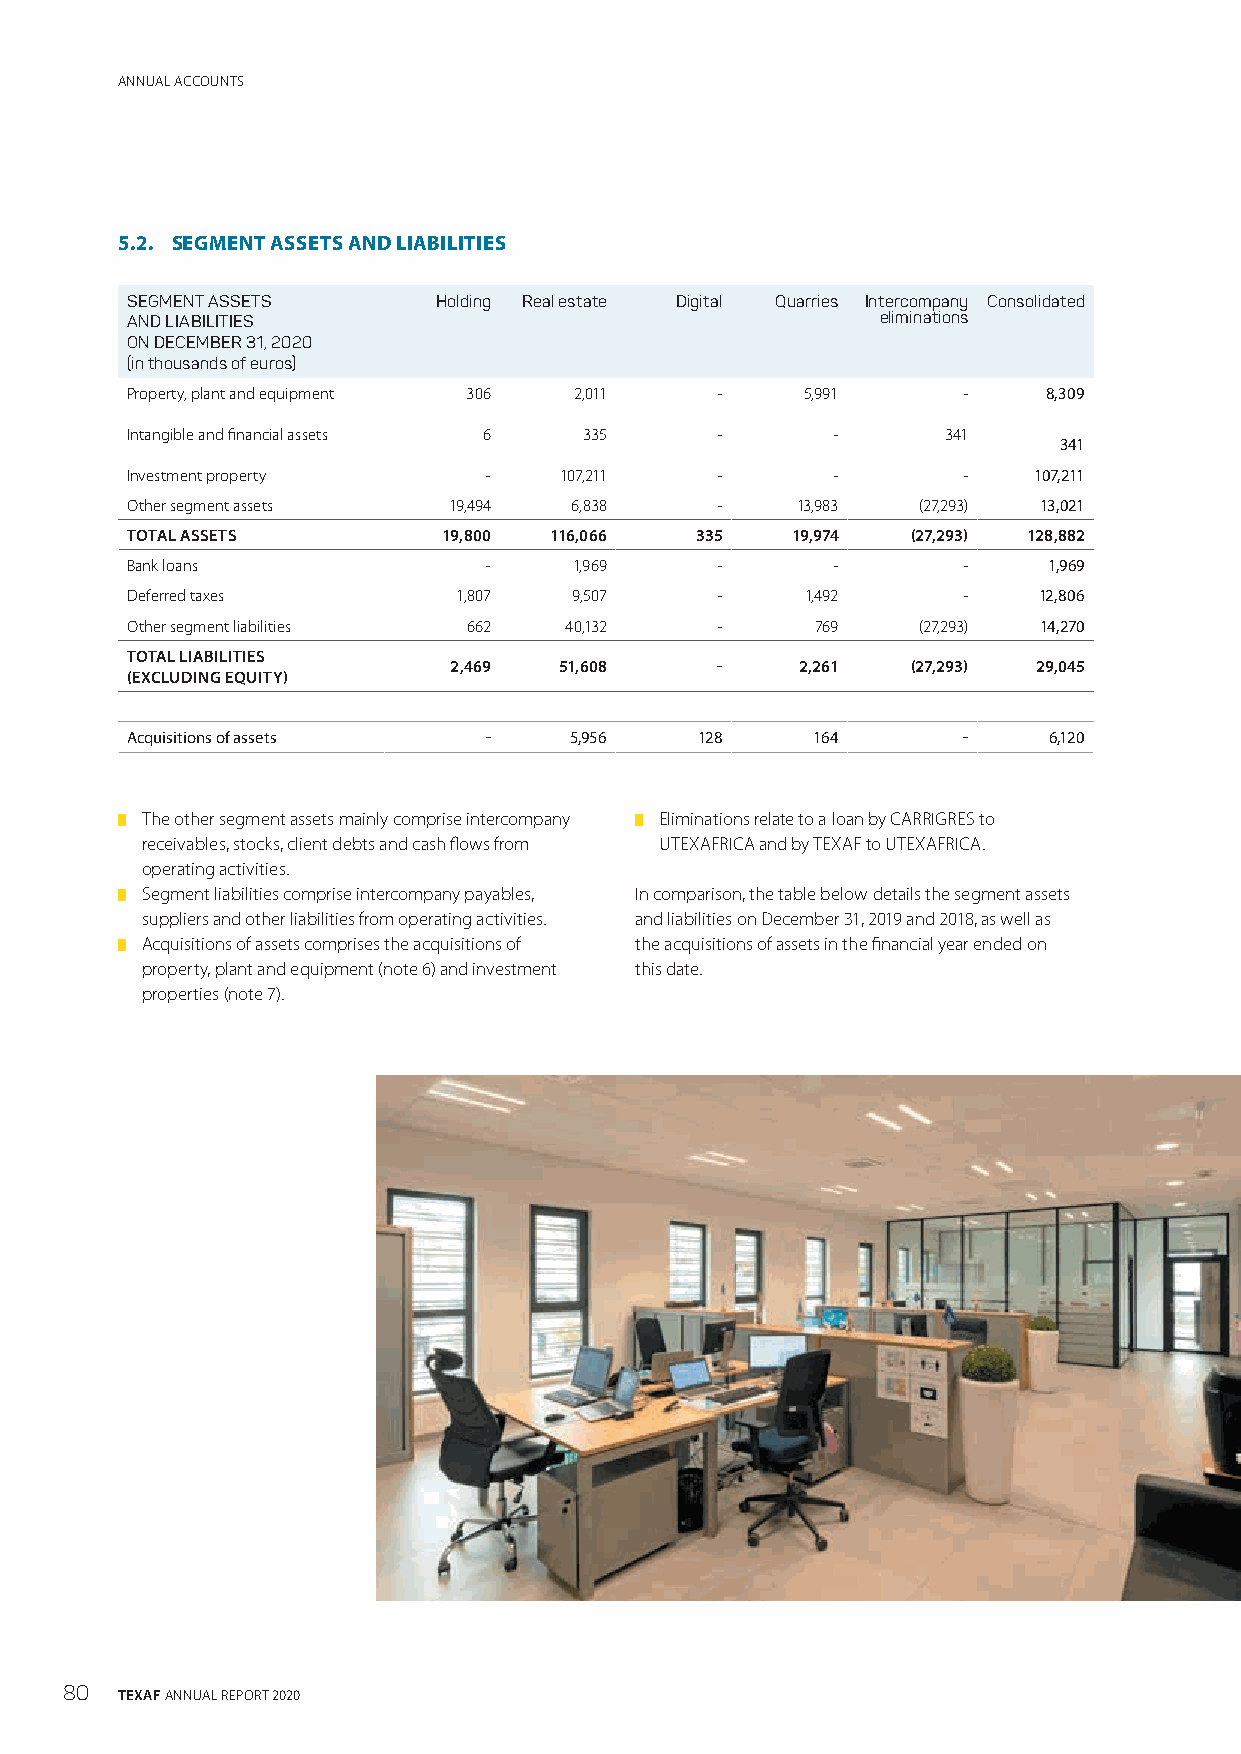
ANNUAL ACCOUNTS
 5.2. SEGMENT ASSETS AND LIABILITIES
 SEGMENT ASSETS       Holding Real estate Digital Quarries Intercompany Consolidated
 AND LIABILITIES                                   eliminations
 ON DECEMBER 31, 2020
 (in thousands of euros)
 Property, plant and equipment 306 2,011 -    5,991      -    8,309
 Intangible and financial assets 6 335  -       -       341
 341
 Investment property     -    107,211   -       -        -   107,211
 Other segment assets  19,494  6,838    -     13,983  (27,293) 13,021
 TOTAL ASSETS         19,800 116,066   335   19,974  (27,293) 128,882
 Bank loans              -     1,969    -       -        -    1,969
 Deferred taxes        1,807   9,507    -     1,492      -    12,806
 Other segment liabilities 662 40,132   -      769    (27,293) 14,270
 TOTAL LIABILITIES
 2,469  51,608    -     2,261  (27,293) 29,045
 (EXCLUDING EQUITY)
 Acquisitions of assets  -     5,956   128     164       -    6,120
 █ The other segment assets mainly comprise intercompany █ Eliminations relate to a loan by CARRIGRES to
 receivables, stocks, client debts and cash flows from UTEXAFRICA and by TEXAF to UTEXAFRICA.
 operating activities.
 █ Segment liabilities comprise intercompany payables, In comparison, the table below details the segment assets
 suppliers and other liabilities from operating activities. and liabilities on December 31, 2019 and 2018, as well as
 █ Acquisitions of assets comprises the acquisitions of the acquisitions of assets in the financial year ended on
 property, plant and equipment (note 6) and investment this date.
 properties (note 7).
 80  TEXAF ANNUAL REPORT 2020